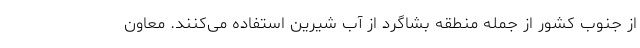
از جنوب کشور از جمله منطقه بشاگرد از آب شیرین استفاده می‌کنند. معاون